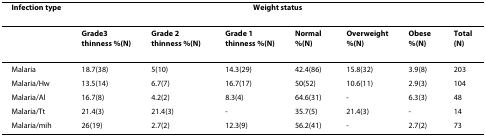
| Infection type | <COLSPAN=7> Weight status |
 | --- | --- | --- | --- | --- | --- | --- | --- |
 |  | Grade3 thinness %(N) | Grade 2 thinness %(N) | Grade 1 thinness %(N) | Normal %(N) | Overweight %(N) | Obese %(N) | Total (N) |
 | Malaria | 18.7(38) | 5(10) | 14.3(29) | 42.4(86) | 15.8(32) | 3.9(8) | 203 |
 | Malaria/Hw | 13.5(14) | 6.7(7) | 16.7(17) | 50(52) | 10.6(11) | 2.9(3) | 104 |
 | Malaria/Al | 16.7(8) | 4.2(2) | 8.3(4) | 64.6(31) | - | 6.3(3) | 48 |
 | Malaria/Tt | 21.4(3) | 21.4(3) | - | 35.7(5) | 21.4(3) | - | 14 |
 | Malaria/mih | 26(19) | 2.7(2) | 12.3(9) | 56.2(41) | - | 2.7(2) | 73 |